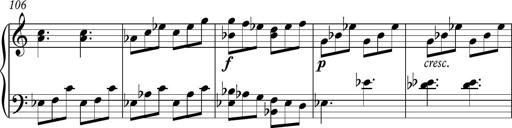
Title: Piano Sonatina in C
Composer: Daniel LÃ©o Simpson
Key: C major